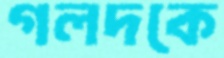
গলদকে